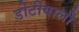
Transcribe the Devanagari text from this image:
डोटीयाली